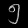
Digit: ၅